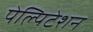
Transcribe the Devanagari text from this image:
पेल्पिटेशन